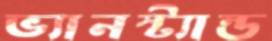
ভ্যানস্ট্যান্ড